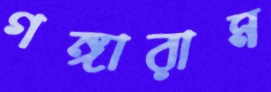
গঙ্গারাম